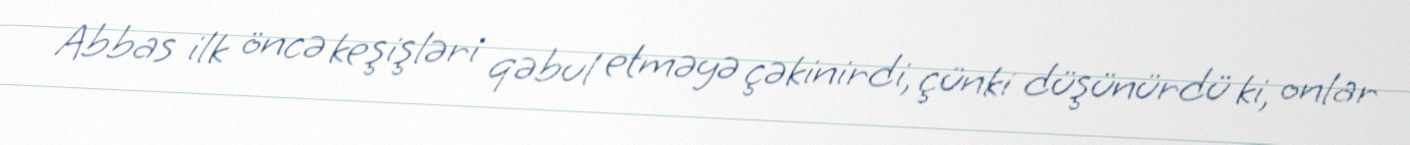
Abbas ilk öncə keşişləri qəbul etməyə çəkinirdi, çünki düşünürdü ki, onlar